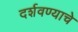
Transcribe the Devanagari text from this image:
दर्शवण्याचे